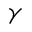
\gamma